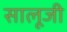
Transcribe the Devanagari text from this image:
सालूजी